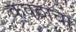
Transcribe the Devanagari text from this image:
कवठाचा